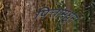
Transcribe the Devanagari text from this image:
पित्तामधून